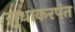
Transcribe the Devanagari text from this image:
सुधाकरपंत